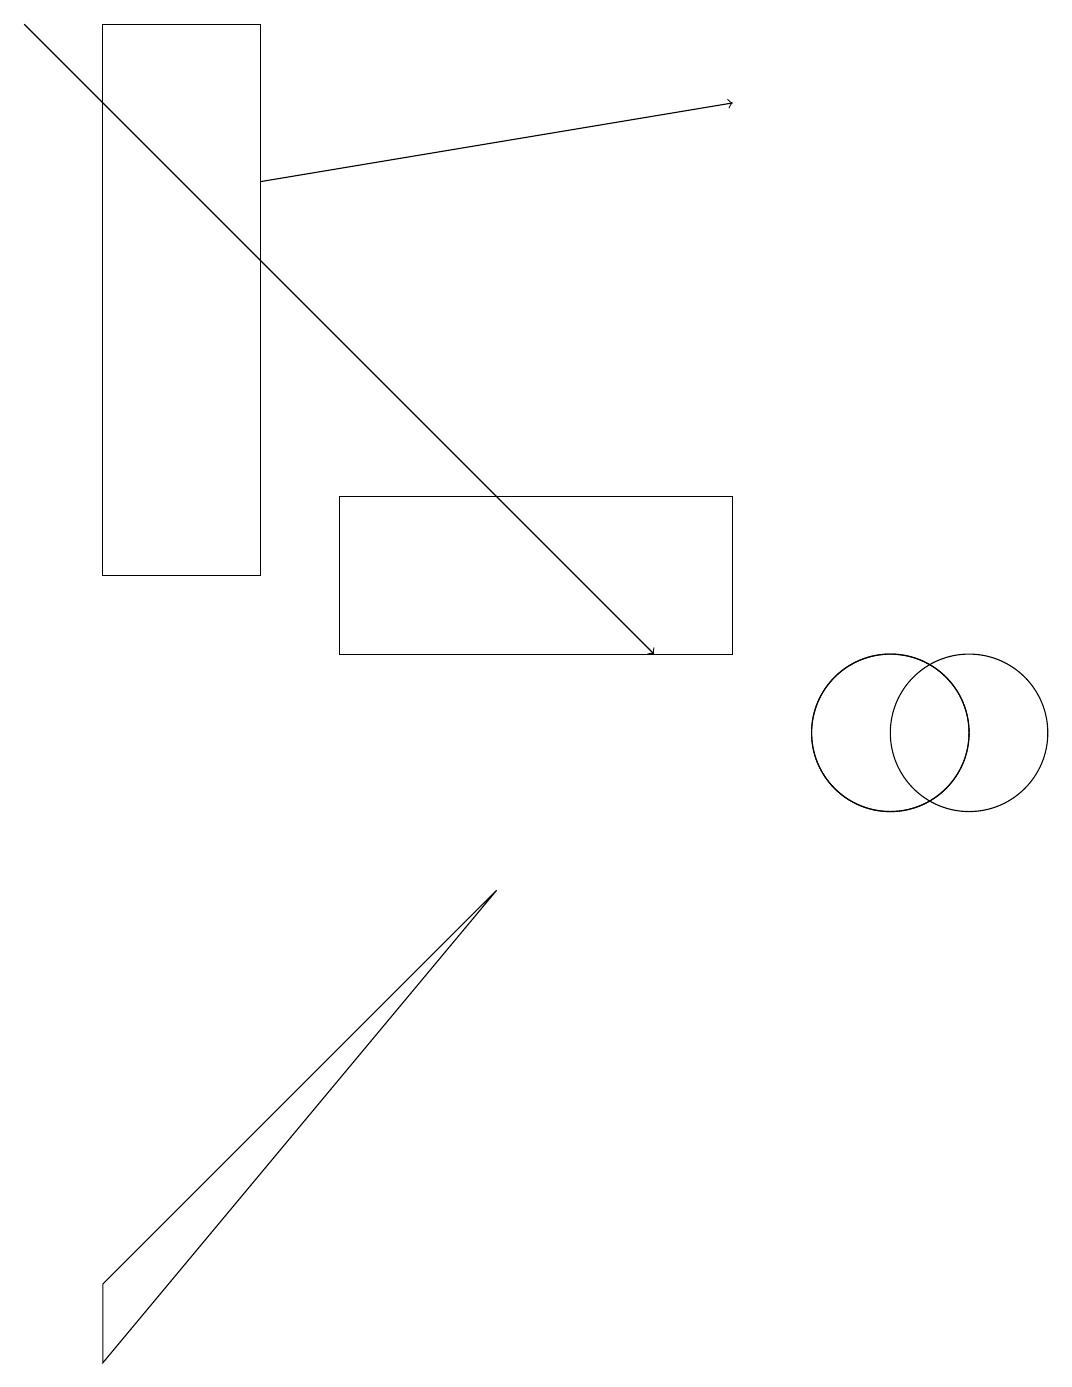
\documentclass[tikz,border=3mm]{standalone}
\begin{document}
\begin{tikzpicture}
\draw (11,10) circle (1);
\draw[->] (3,17) -- (9,18);
\draw (11,10) circle (1);
\draw (12,10) circle (1);
\draw (9,13) rectangle (4,11);
\draw (3,12) rectangle (1,19);
\draw (1,3) -- (1,2) -- (6,8) -- cycle;
\draw[->] (0,19) -- (8,11);
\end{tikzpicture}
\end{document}